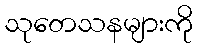
သုတေသနများကို